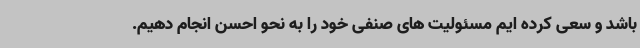
باشد و سعی کرده ایم مسئولیت های صنفی خود را به نحو احسن انجام دهیم.